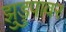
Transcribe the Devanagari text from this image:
झुडुपावर